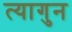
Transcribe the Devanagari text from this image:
त्यागुन